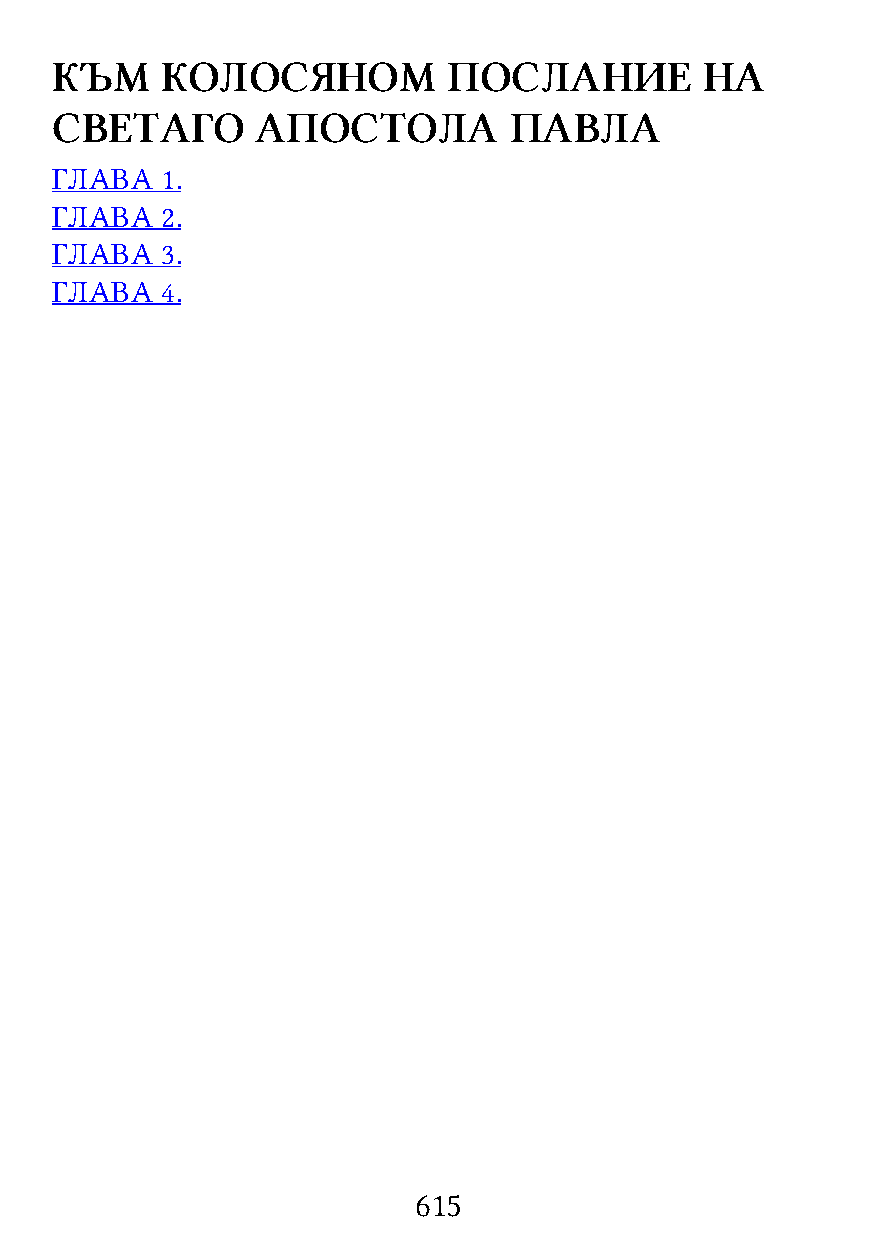
КЪМ     КОЛОСЯНОМ          ПОСЛАНИЕ         НА
 СВЕТАГО       АПОСТОЛА         ПАВЛА
 ГЛАВА   1.
 ГЛАВА   2.
 ГЛАВА   3.
 ГЛАВА   4.
 615